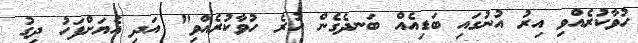
ހުވާކުރެއްވި އިރު އުނުގައި ބަޑިއެއް ބަނދެގެން ހުރެ ހުވާކުރެއްވި" އަދި އެޔަށްފަހު ދިގު